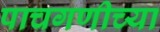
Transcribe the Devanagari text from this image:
पाचगणीच्या